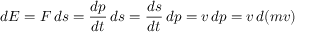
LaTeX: d E = F \, d s = { \frac { d p } { d t } } \, d s = { \frac { d s } { d t } } \, d p = v \, d p = v \, d ( m v )